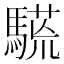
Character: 𩥒